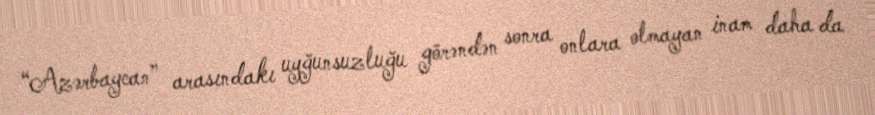
“Azərbaycan” arasındakı uyğunsuzluğu görəndən sonra onlara olmayan inam daha da